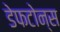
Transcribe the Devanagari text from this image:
डेफटोन्स